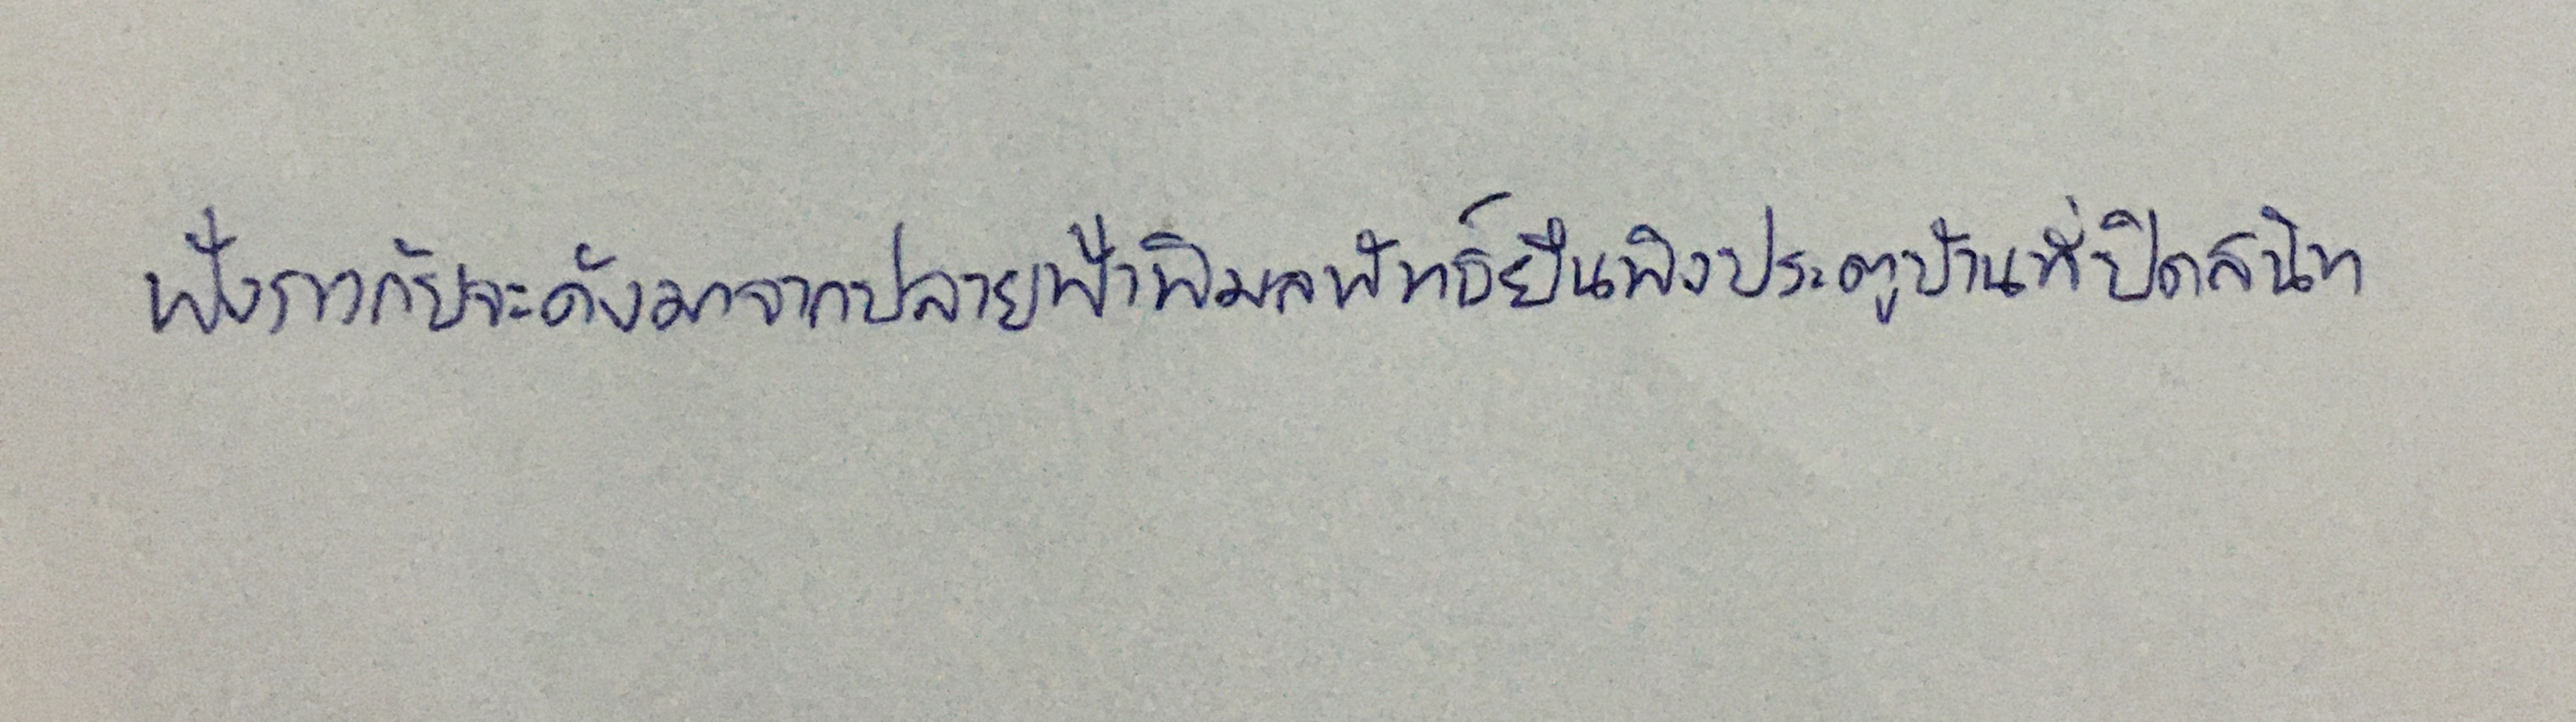
ฟังราวกับจะดังมาจากปลายฟ้าพิมลพัทธ์ยืนพิงประตูบ้านที่ปิดสนิท